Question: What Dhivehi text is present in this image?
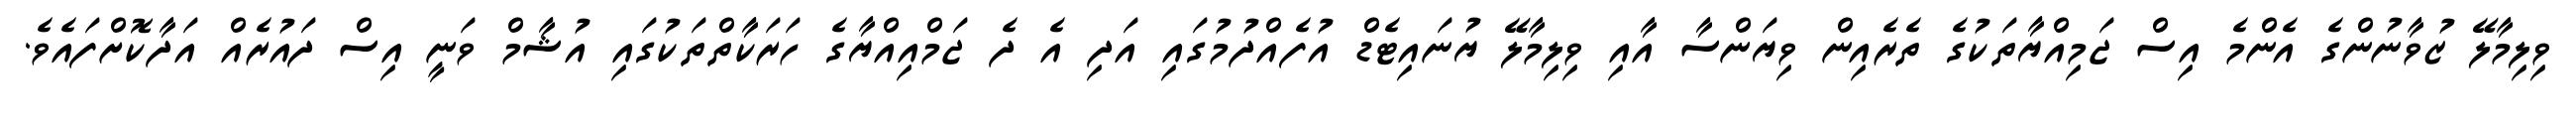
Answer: ވިލިމާލޭ ޒުވާނުންގެ އެންމެ އިސް ޖަމިއްޔާތަކުގެ ތެރެއިން ވިޔަންސާ އާއި ވިލިމާލޭ ޔުނައިޓެޑް އުފެއްދުމުގައި އަދި އެ ދެ ޖަމްއިއްޔާގެ ހަރަކާތްތަކުގައި އުޝާމް ވަނީ އިސް ދައުރެއް އަދާކޮށްފައެވެ.